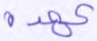
عهده